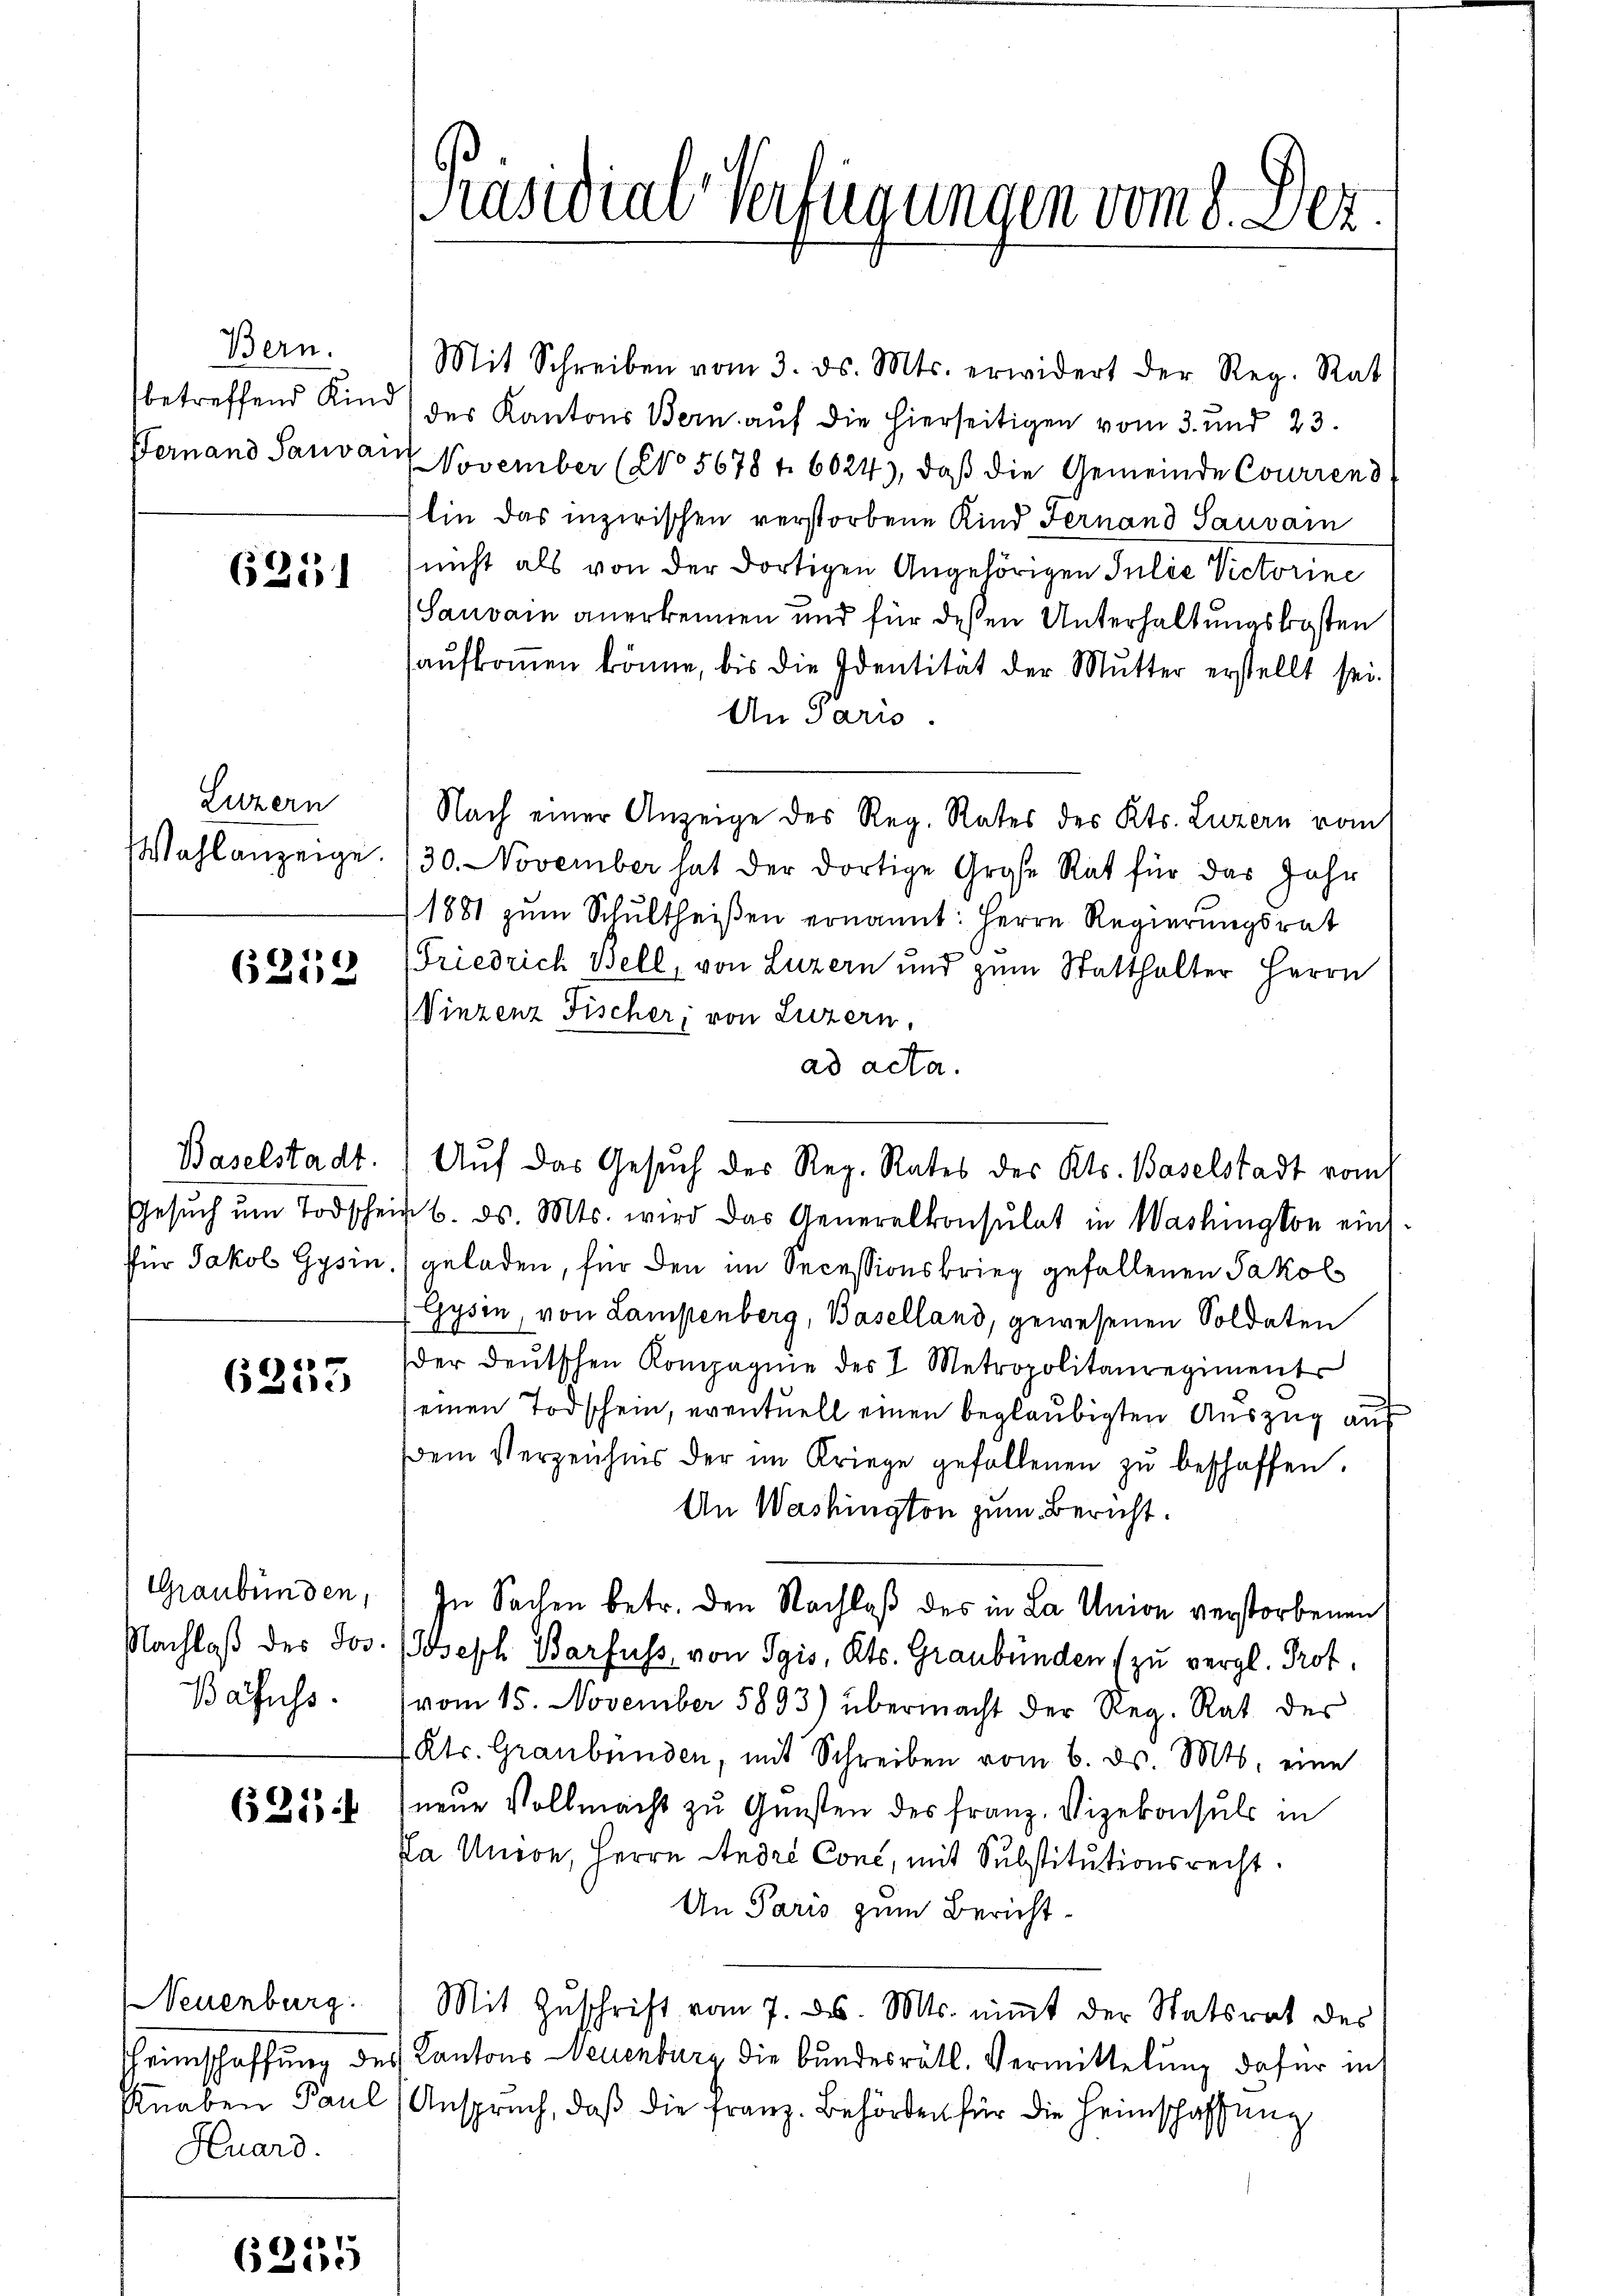
Bern.
betreffend Kind

6251

Luzern

6252

6253

Bafuss.

635

Huard.

61
620

Mit Schreiben vom 3. ds. Mts. erwidert der Reg. Rat
des Kantons Bern auf die hierseitigen vom 3. und 23.
Fernand Sauvait November (No 5678 f. 6024), daß die Gemeinde Courrend
tin das inzwischen verstorbene Kind Fernand Sauvain
nicht als von der dortigen Angehörigen Julie Victorine
Sauvain anerkennen und für deßen Unterhaltungskosten
aŭfkommen könne, bis die Identität der Mutter erstellt sei.
An Paris.
Nach einer Anzeige des Reg. Rates des Kts. Luzern vom
Wahlanzeige. 30. November hat der dortige Große Rat für das Jahr
1881 zum Schultheißen ernannt: Herrn Regierungsrat
Friedrich Bell, von Luzern und zum Statthalter Herrn
Vinzenz Fischer, von Luzern,
ad acta.
Baselstadt.) Auf das Gesuch der Reg. Rates des Kts. Baselstadt vom
Gesŭch ŭm Todschein 6. ds. Mts. wird das Generalkonsulat in Washington ein-
für Jakob Gysin, geladen, für den im Secessionskrieg gefallenen Jakob
Gysin, von Lampenberg, Baselland, gewesenen Soldaten
der deŭtschen Kompagnie des 1 Metropolitanregiments
einen Todschein, eventuell einen beglaubigten Auszug auf
dem Verzeichnis der im Kriege gefallenen zŭ beschaffen.
An Washington zum Bericht.
Graubünden, In Sachen betr. den Nachlaß des in La Union verstorbenen
Nachlaß des Jos. Joseph Barfuss, von Pgis, Kts. Graubünden (zu vergl. Prof.
vom 15. November 5893) übermacht der Reg. Rat der
 Kts. Graubünden, mit Schreiben vom 6. ds. Mts. eine
neue Vollmacht zu Gunsten des Franz. Vizekonsuls in
fa Union, Herrn Andre Conc, mit Substitutionsrecht.
An Paris zum Bericht
Neuenburg. Mit Zŭschrift vom 7. d. Mts. niṁt der Statsrat des
Heimschaffung des Kantons Neuenburg die bundesrätl. Vermittelung dafür in
Knaben Paul (Anspruch, daß die Franz. Behörden für die Heimschaffung

Präsidial-Verfügungen vom 8. Dez.